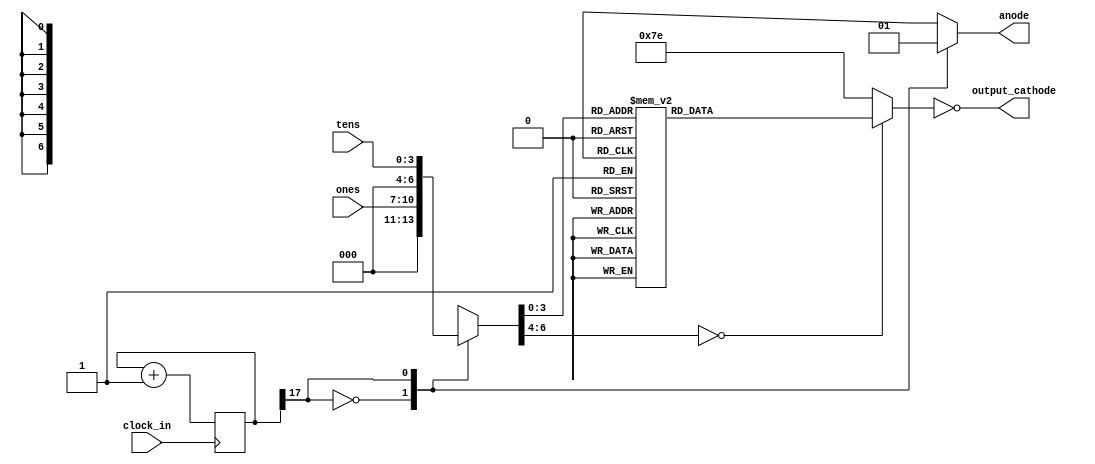
`timescale 1ns / 1ps


module sevenseg_PMOD(
input clock_in,
    input [3:0] ones,
    input [3:0] tens,
    output anode,
    output [6:0] output_cathode
    );
    reg [6:0] sseg_temp;
    reg [17:0] count;
     always @(posedge clock_in)
       begin
       count<=count+1;
       end
       
       reg [6:0] sseg=4'b1110;
reg  an_temp;     

           always @(*)
           begin  
       case(count[17]) 
          1'b0 :  
           begin
            sseg = ones;
            an_temp = 1'b0;
           end
          1'b1 :  
           begin
            sseg = tens;
            an_temp = 1'b1;
           end
           
          
         endcase
        end
     assign anode =an_temp;
     
      
    always @(*)
    begin
     case(sseg)
        4'd0 :sseg_temp =7'b0000001;
        4'd1 :sseg_temp =7'b1001111;
        4'd2: sseg_temp = 7'b0010010;
        4'd3 : sseg_temp= 7'b0000110;
        4'd4 : sseg_temp= 7'b1001100;
       4'd5: sseg_temp = 7'b0100100;
        4'd6 : sseg_temp= 7'b0100000;
        4'd7 : sseg_temp= 7'b0001111;
        4'd8 : sseg_temp= 7'b0000000;
       4'd9 : sseg_temp= 7'b0000100;

        default : sseg_temp =7'b1111110;             
         endcase
         end
         assign output_cathode=~sseg_temp  ;
                              
                        
endmodule